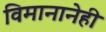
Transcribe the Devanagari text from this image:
विमानानेही